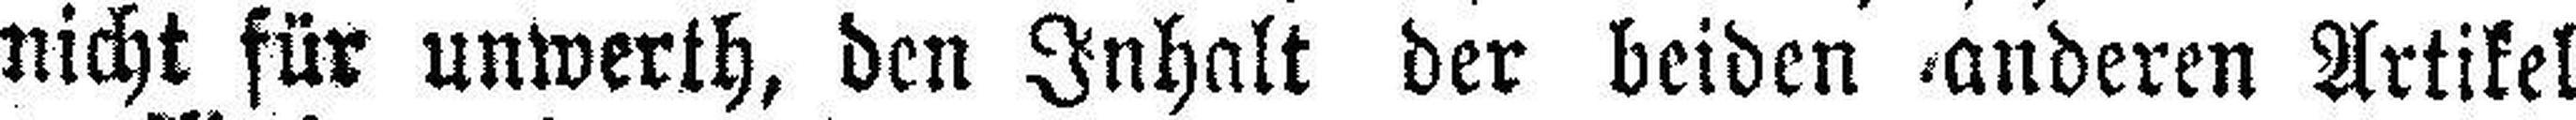
nicht für unwerth, den Inhalt der beiden anderen Artikel